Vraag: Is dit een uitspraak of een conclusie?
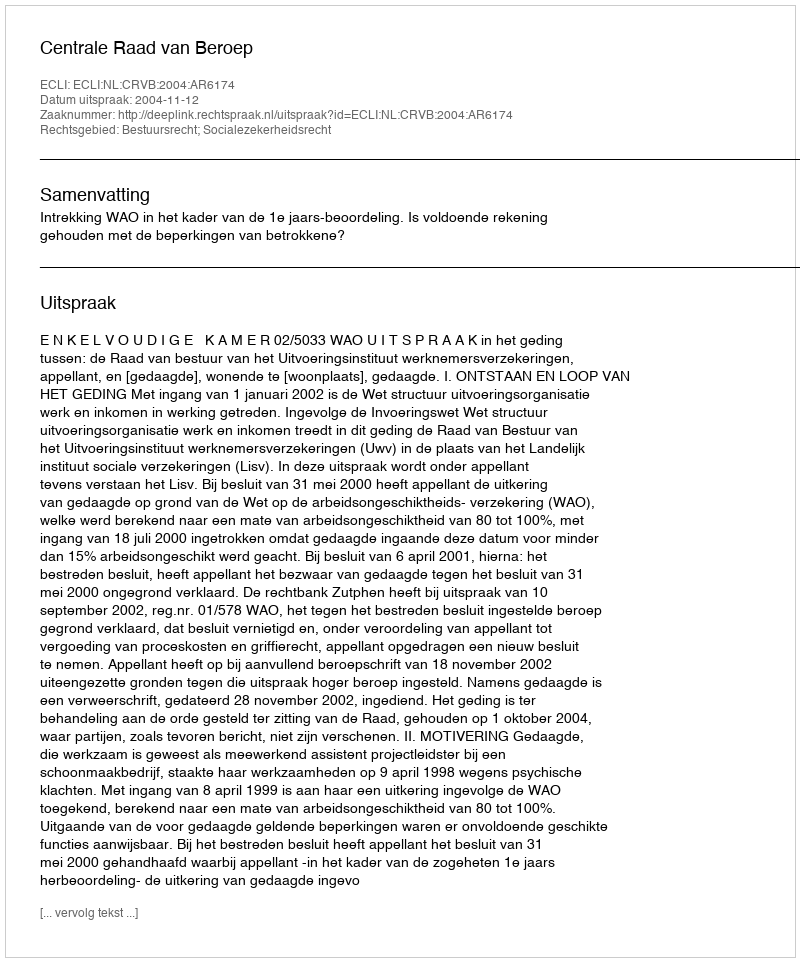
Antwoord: Uitspraak